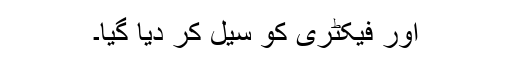
اور فیکٹری کو سیل کر دیا گیا۔